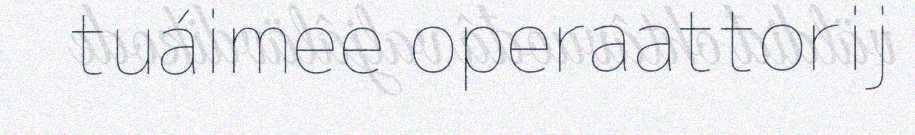
tuáimee operaattorij